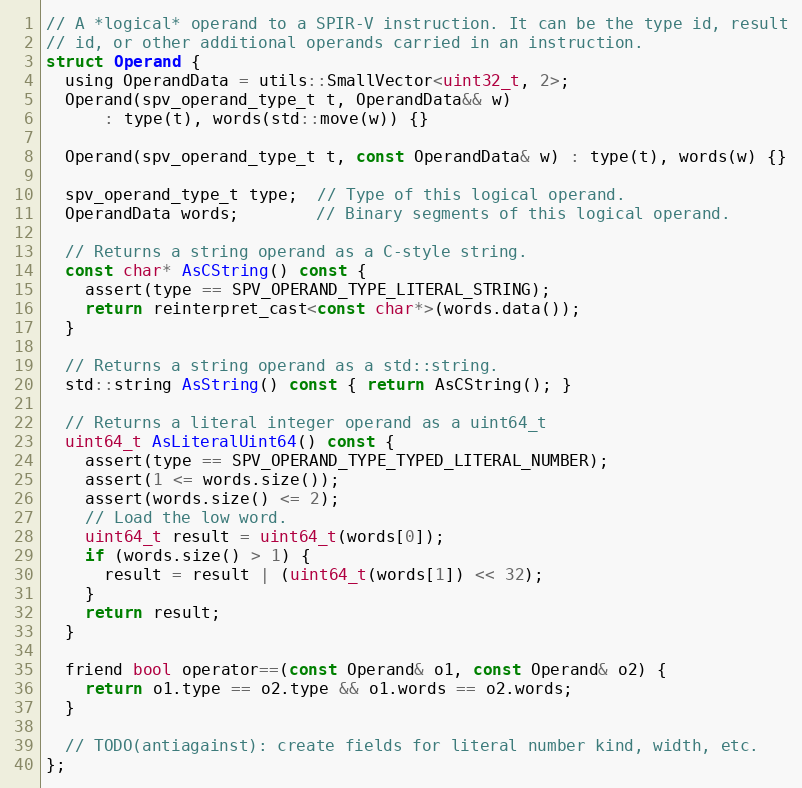
Language: C
// A *logical* operand to a SPIR-V instruction. It can be the type id, result
// id, or other additional operands carried in an instruction.
struct Operand {
  using OperandData = utils::SmallVector<uint32_t, 2>;
  Operand(spv_operand_type_t t, OperandData&& w)
      : type(t), words(std::move(w)) {}

  Operand(spv_operand_type_t t, const OperandData& w) : type(t), words(w) {}

  spv_operand_type_t type;  // Type of this logical operand.
  OperandData words;        // Binary segments of this logical operand.

  // Returns a string operand as a C-style string.
  const char* AsCString() const {
    assert(type == SPV_OPERAND_TYPE_LITERAL_STRING);
    return reinterpret_cast<const char*>(words.data());
  }

  // Returns a string operand as a std::string.
  std::string AsString() const { return AsCString(); }

  // Returns a literal integer operand as a uint64_t
  uint64_t AsLiteralUint64() const {
    assert(type == SPV_OPERAND_TYPE_TYPED_LITERAL_NUMBER);
    assert(1 <= words.size());
    assert(words.size() <= 2);
    // Load the low word.
    uint64_t result = uint64_t(words[0]);
    if (words.size() > 1) {
      result = result | (uint64_t(words[1]) << 32);
    }
    return result;
  }

  friend bool operator==(const Operand& o1, const Operand& o2) {
    return o1.type == o2.type && o1.words == o2.words;
  }

  // TODO(antiagainst): create fields for literal number kind, width, etc.
};